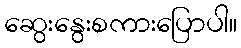
ဆွေးနွေးစကားပြောပါ။